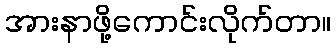
အားနာဖို့ကောင်းလိုက်တာ။